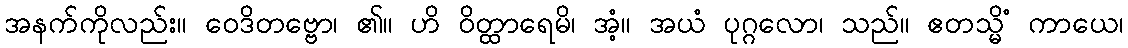
အနက်ကိုလည်း။ ဝေဒိတဗ္ဗော၊ ၏။ ဟိ ဝိတ္ထာရေမိ၊ အံ့။ အယံ ပုဂ္ဂလော၊ သည်။ ဧတသ္မိံ ကာယေ၊